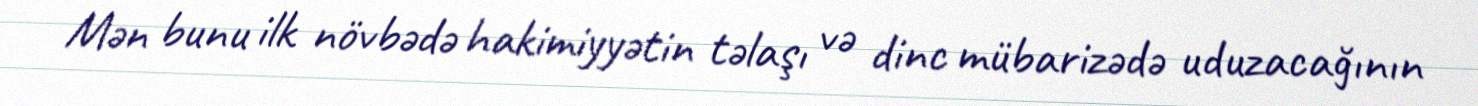
Mən bunu ilk növbədə hakimiyyətin təlaşı və dinc mübarizədə uduzacağının